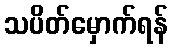
သပိတ်မှောက်ရန်